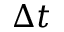
\Delta t